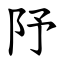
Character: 䦽